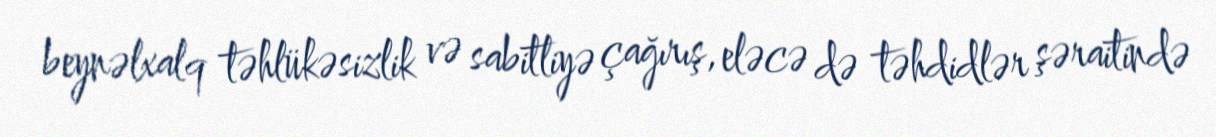
beynəlxalq təhlükəsizlik və sabitliyə çağırış, eləcə də təhdidlər şəraitində